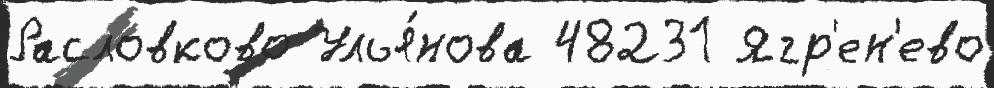
Расловково Улья́нова 48231 Ягр'ен'ево